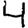
Digit: 4